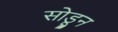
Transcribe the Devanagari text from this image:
सोडूून